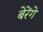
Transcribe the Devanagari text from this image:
बेरेंगे